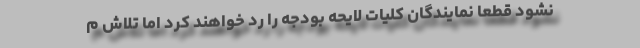
نشود قطعا نمایندگان کلیات لایحه بودجه را رد خواهند کرد اما تلاش م